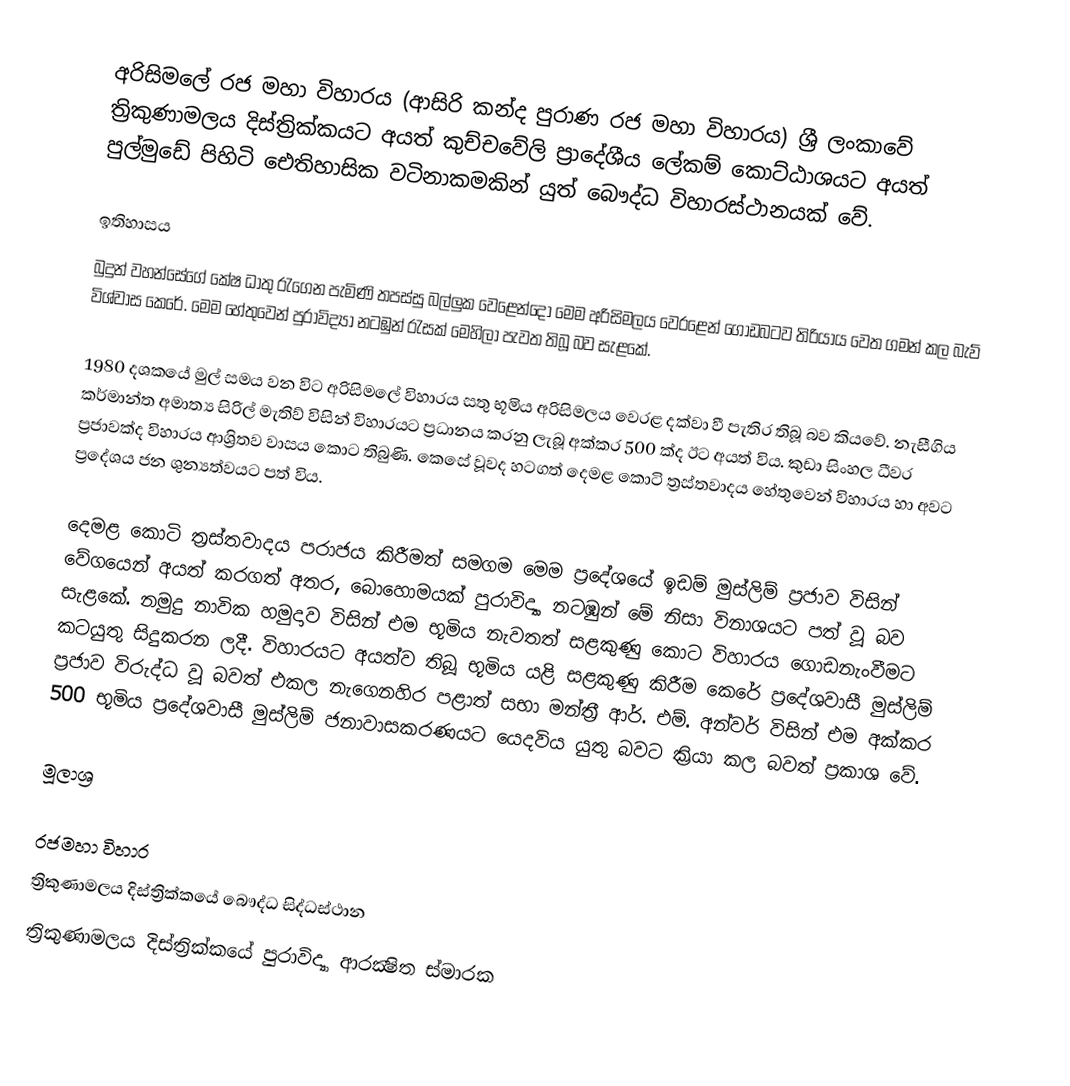
අරිසිමලේ රජ මහා විහාරය (ආසිරි කන්ද පුරාණ රජ මහා විහාරය) ශ්‍රී ලංකාවේ ත්‍රිකුණාමලය දිස්ත්‍රික්කයට අයත් කුච්චවේලි ප්‍රාදේශීය ලේකම් කොට්ඨාශයට අයත් පුල්මුඩේ පිහිටි ඓතිහාසික වටිනාකමකින් යුත් බෞද්ධ විහාරස්ථානයක් වේ.

ඉතිහාසය
බුදුන් වහන්සේගේ කේෂ ධාතු රැගෙන පැමිණි තපස්සු බල්ලුක වෙළෙන්දෝ මෙම අරිසිමලය වෙරළෙන් ගොඩබටව තිරියාය වෙත ගමන් කල බැව් විශ්වාස කෙරේ. මෙම හේතුවෙන් පුරාවිද්‍යා නටඹුන් රැසක් මෙහිලා පැවත තිබූ බව සැළකේ.

1980 දශකයේ මුල් සමය වන විට අරිසිමලේ විහාරය සතු භූමිය අරිසිමලය වෙරළ දක්වා වී පැතිර තිබූ බව කියවේ. නැසීගිය කර්මාන්ත අමාත්‍ය සිරිල් මැතිව් විසින් විහාරයට ප්‍රධානය කරනු ලැබූ අක්කර 500 ක්ද ඊට අයත් විය. කුඩා සිංහල ධීවර ප්‍රජාවක්ද විහාරය ආශ්‍රිතව වාසය කොට තිබුණි. කෙසේ වූවද හටගත් දෙමළ කොටි ත්‍රස්තවාදය හේතුවෙන් විහාරය හා අවට ප්‍රදේශය ජන ශුන්‍යත්වයට පත් විය.

දෙමළ කොටි ත්‍රස්තවාදය පරාජය කිරීමත් සමගම මෙම ප්‍රදේශයේ ඉඩම් මුස්ලිම් ප්‍රජාව විසින් වේගයෙන් අයත් කරගත් අතර, බොහොමයක් පුරාවිද්‍යා නටඹුන් මේ නිසා විනාශයට පත් වූ බව සැළකේ. නමුදු නාවික හමුදාව විසින් එම භූමිය නැවතත් සළකුණු කොට විහාරය ගොඩනැංවීමට කටයුතු සිදුකරන ලදී. විහාරයට අයත්ව තිබූ භූමිය යළි සළකුණු කිරීම කෙරේ ප්‍රදේශවාසී මුස්ලිම් ප්‍රජාව විරුද්ධ වූ බවත් එකල නැගෙනහිර පළාත් සභා මන්ත්‍රී ආර්. එම්. අන්වර් විසින් එම අක්කර 500 භූමිය ප්‍රදේශවාසී මුස්ලිම් ජනාවාසකරණයට යෙදවිය යුතු බවට ක්‍රියා කල බවත් ප්‍රකාශ වේ.

මූලාශ්‍ර

රජමහා විහාර
ත්‍රිකුණාමලය දිස්ත්‍රික්කයේ බෞද්ධ සිද්ධස්ථාන
ත්‍රිකුණාමලය දිස්ත්‍රික්කයේ පුරාවිද්‍යා ආරක්‍ෂිත ස්මාරක